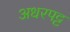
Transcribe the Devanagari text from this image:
अधरपट्ट